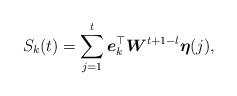
LaTeX: \begin{align*}S_k(t) = \sum_{j=1}^t \boldsymbol{e}_k^\top\boldsymbol{W}^{t+1-l}\boldsymbol{\eta}(j),\end{align*}